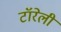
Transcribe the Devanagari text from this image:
टॉरेली